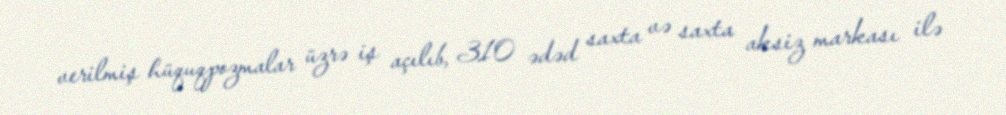
verilmiş hüquqpozmalar üzrə iş açılıb, 310 ədəd saxta və saxta aksiz markası ilə